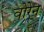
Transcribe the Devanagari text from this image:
वोरेन